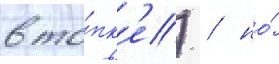
в то́пк'е) / но́